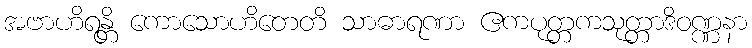
အဗာဟိရန္တိ ကောသောဟိတေတိ သာဓာရဏာ ဧကပုတ္တကသုတ္တာဒိဝဏ္ဏနာ